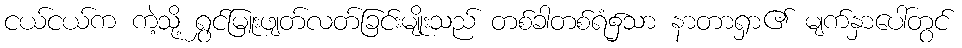
ငယ်ငယ်က ကဲ့သို့ ရွှင်မြူးဖျတ်လတ်ခြင်းမျိုးသည် တစ်ခါတစ်ရံ၌သာ နာတာရှာ၏ မျက်နှာပေါ်တွင်